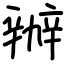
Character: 辦